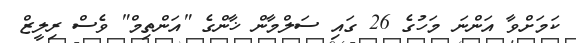
ކަމަށްވާ އަންނަ މަހުގެ 26 ގައި ސަލްމާން ޚާންގެ "އަންތިމް" ވެސް ރިލީޒް